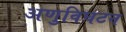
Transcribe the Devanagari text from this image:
अणुविघटन